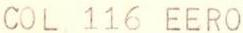
COL 116 EERO